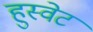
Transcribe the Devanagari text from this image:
हुस्वेट